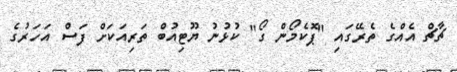
ޗާޗް އެއްގެ ތެރޭގައި "ޕޮކެމޯން ގޯ" ކުޅުނު ޔޫޓިއުބް ތަރިއަކަށް ފަސް އަހަރުގެ